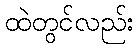
ထဲတွင်လည်း